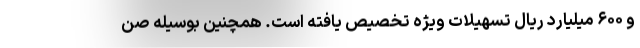
و ۶۰۰ میلیارد ریال تسهیلات ویژه تخصیص یافته است. همچنین بوسیله صن